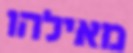
מאילהו